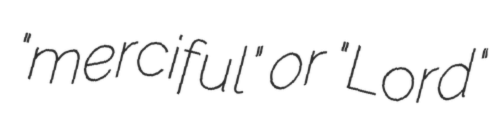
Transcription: "merciful" or "Lord"